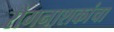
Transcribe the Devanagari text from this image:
रोगनाशकांचा